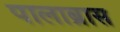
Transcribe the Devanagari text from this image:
पालाब्रास